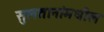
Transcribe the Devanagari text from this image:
सुलतानांमधील